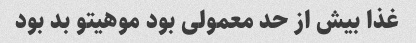
غذا بیش از حد معمولی بود موهیتو بد بود